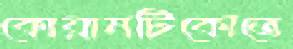
কোয়ানটিকোতে